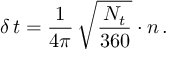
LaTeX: \, \delta \, t = \frac { 1 } { 4 \pi } \, \sqrt { \frac { N _ { t } } { 3 6 0 } } \cdot n \, .